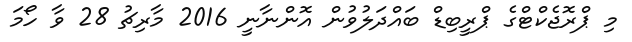
މި ޕްރޮޖެކްޓްގެ ޕްރީބިޑް ބައްދަލުވުން އޮންނާނީ 2016 މާރިޗު 28 ވާ ހޯމަ